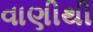
વાણીથી